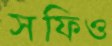
সফিও